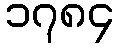
၁၇၈၄